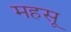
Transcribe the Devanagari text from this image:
महसू